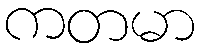
ကတမာ